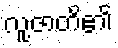
လူ့ဇာတိ၏